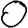
Digit: 0